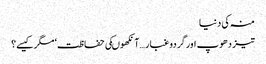
منہ کی دنیا
تیز دھوپ اورگردوغبار …آنکھوںکی حفاظت‘ مگرکیسے؟